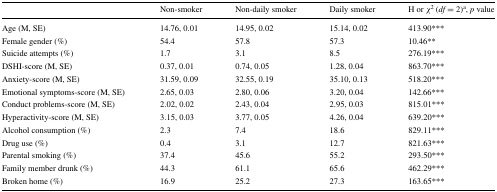
<table><thead><tr><td></td><td><b>Non-smoker</b></td><td><b>Non-daily smoker</b></td><td><b>Daily smoker</b></td><td><b>H or <i>χ</i><sup>2</sup> (<i>df</i> = 2)<sup>a</sup>, <i>p</i> value</b></td></tr></thead><tbody><tr><td>Age (M, SE)</td><td>14.76, 0.01</td><td>14.95, 0.02</td><td>15.14, 0.02</td><td>413.90***</td></tr><tr><td>Female gender (%)</td><td>54.4</td><td>57.8</td><td>57.3</td><td>10.46**</td></tr><tr><td>Suicide attempts (%)</td><td>1.7</td><td>3.1</td><td>8.5</td><td>276.19***</td></tr><tr><td>DSHI-score (M, SE)</td><td>0.37, 0.01</td><td>0.74, 0.05</td><td>1.28, 0.04</td><td>863.70***</td></tr><tr><td>Anxiety-score (M, SE)</td><td>31.59, 0.09</td><td>32.55, 0.19</td><td>35.10, 0.13</td><td>518.20***</td></tr><tr><td>Emotional symptoms-score (M, SE)</td><td>2.65, 0.03</td><td>2.80, 0.06</td><td>3.20, 0.04</td><td>142.66***</td></tr><tr><td>Conduct problems-score (M, SE)</td><td>2.02, 0.02</td><td>2.43, 0.04</td><td>2.95, 0.03</td><td>815.01***</td></tr><tr><td>Hyperactivity-score (M, SE)</td><td>3.15, 0.03</td><td>3.77, 0.05</td><td>4.26, 0.04</td><td>639.20***</td></tr><tr><td>Alcohol consumption (%)</td><td>2.3</td><td>7.4</td><td>18.6</td><td>829.11***</td></tr><tr><td>Drug use (%)</td><td>0.4</td><td>3.1</td><td>12.7</td><td>821.63***</td></tr><tr><td>Parental smoking (%)</td><td>37.4</td><td>45.6</td><td>55.2</td><td>293.50***</td></tr><tr><td>Family member drunk (%)</td><td>44.3</td><td>61.1</td><td>65.6</td><td>462.29***</td></tr><tr><td>Broken home (%)</td><td>16.9</td><td>25.2</td><td>27.3</td><td>163.65***</td></tr></tbody></table>